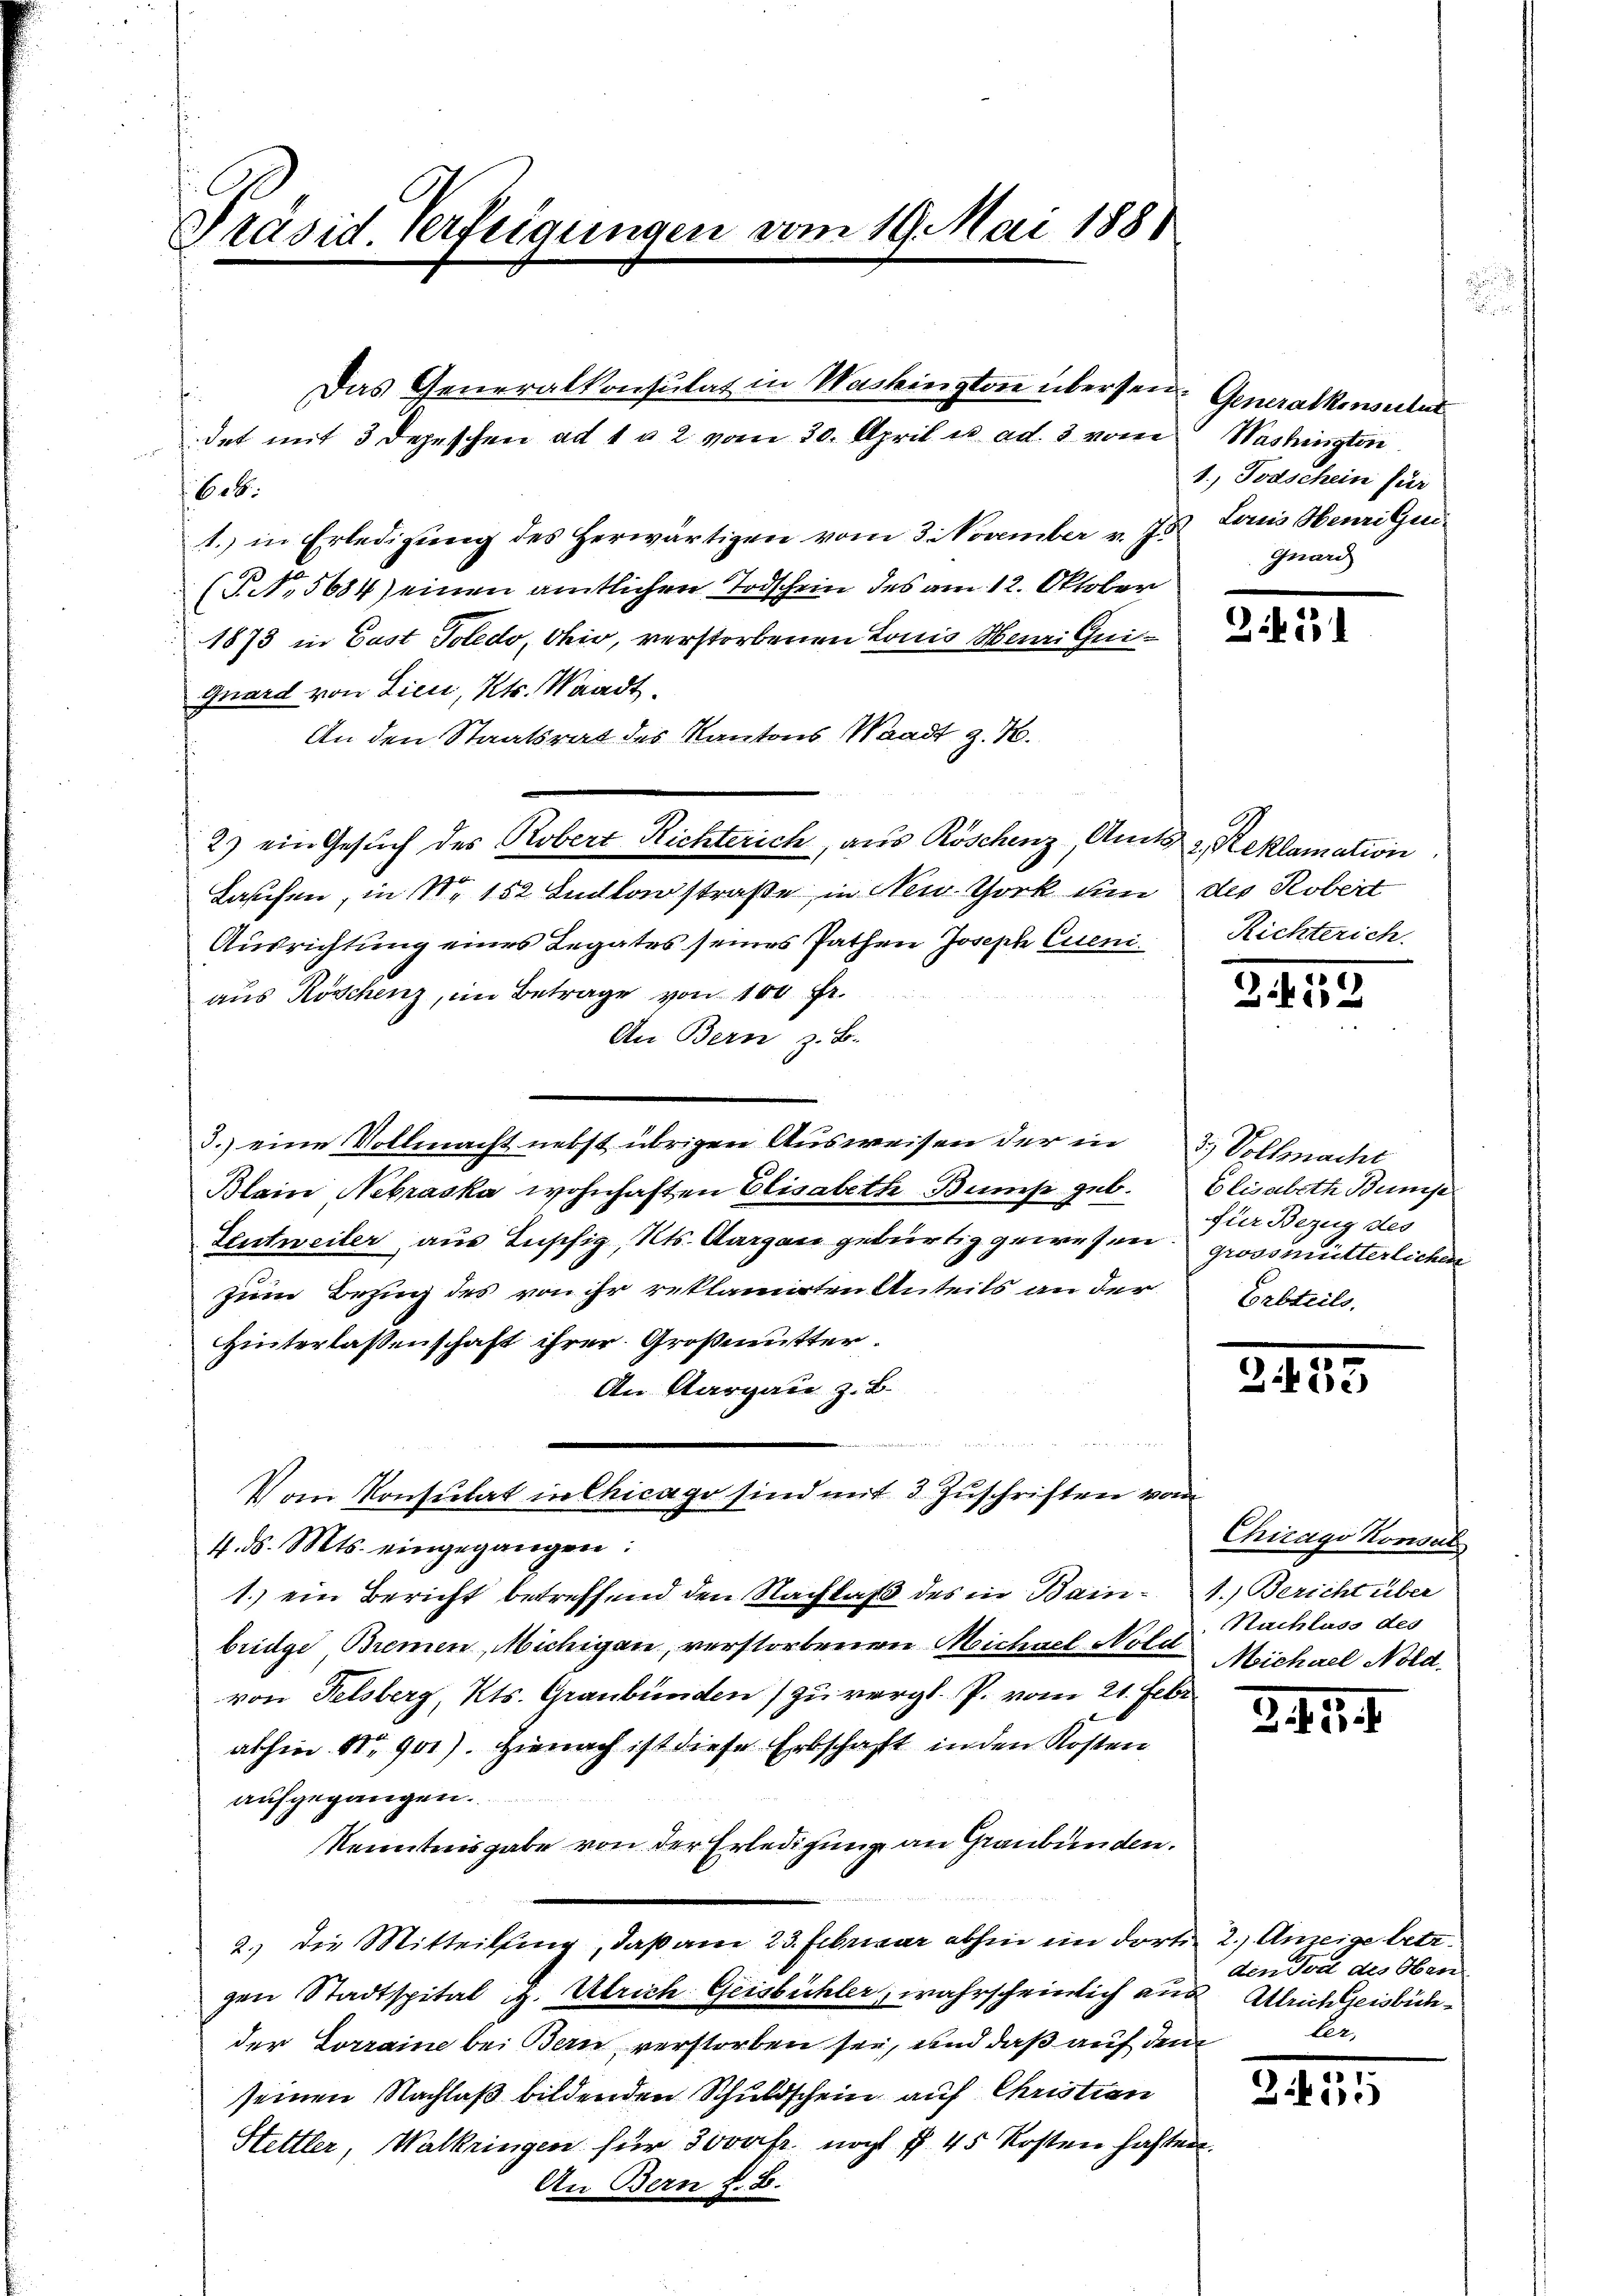
Präsid. Verfeigungen vom 19. Mai 1881

t
det mit 3 Depeschen ad 1 u 2 vom 30. April es ad. 3 vom
b.
1. in Erledigung des herwärtigen vom 3. November v. 75. Louis Henzigen¬
(S. 5684) einen amtlichen Todschein des am 12. Oktober
1873 in Gast Toledo, Ohio, verstorbenen Louis Menzi Qui¬
Gnard von Lieu, Kts. Waadt.
An den Staatsrat des Kantons Waadt z. B.
2) ein Gesuch des Robert Richterich, aus Röschenz, Amts 2 Reklamation
Laufen, in Nr 152 Anclanstraße in New York um des Robert
Ausrichtung eines Legates seines Pathen Joseph Cueniaus Röschenz, im Betrage von 100 Fr.
An Bern z. B.
3.) eine Vollmacht nebst übrigen Ausweisen der in 3 Vollmacht
Blain Nebraska wohnhaften Elisabethe Bumise geb. Elisabeth Bunse
Lentweiler aus Anschig, Kts. Aargau gebürtig gewesen der Bezug des
zum Bezug des von ihr reklamirten Anteils an der
Hinterlassenschaft ihrer Großmutter.
An Aargau z. B.
u
Vom Konsulat in Chicago sind mit 3 Zuschriften vor
4. ds. Mts. eingegangen:
1.) ein Bericht betreffend den Nachlaß des in Bain- 4.) Bericht über
bringe Bremen, Michigen, verstorbenen Michael Nold Michael Nold.
von Felsberg, Kts. Graubünden) zu vergl. P. vom 21. Febr.
abhin Nr. 901). Hienach ist diese Erbschaft in den Kosten
aufgegangen.
Kenntnisgabe von der Erledigung an Graubünden.
2.) Die Mitteilung, daß am 23. Februar abhin im dorte 2.) Anzeige betr.
gen Stadtspital i. Ulrich Geisbühler, wahrscheinlich aus Ulrichteisbühder Lorraine bei Bern verstorben sei, und daß auf den
seinen Nachlaß bildenden Schuldschein auf Christian
Hettler, Walkringen für 3000fr noch § 45 Kosten haften
An Bern F. B.

Das Generalkonsulat in Washington übersen Generalkonseitet

Washington
1. Todschein für
gnard

Ziki

Richterich.

341.

grossmütterlichen
Erbteils,

.

Chirago Konsul
Nachluss des

3. 454.

den Tod des Oben
ler,

Z.55